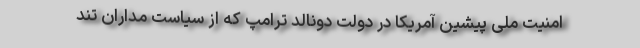
امنیت ملی پیشین آمریکا در دولت دونالد ترامپ که از سیاست مداران تند